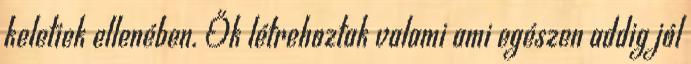
keletiek ellenében. Ők létrehoztak valami ami egészen addig jól